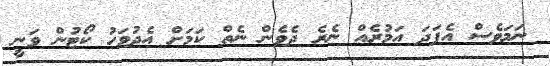
ނަމަވެސް އެފަދަ އަމުރެއް ނެރެ ދެވެން ނެތް ކަމަށް އެދުވަހު ކޯޓުން ވަނީ